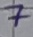
Text: 7